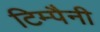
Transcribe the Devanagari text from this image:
टिम्पैनी